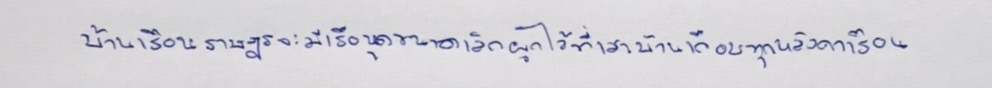
บ้านเรือนราษฎรจะมีเรือขุดขนาดเล็กผูกไว้ที่เสาบ้านเกือบทุกหลังคาเรือน